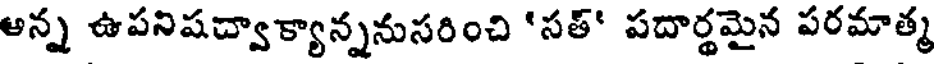
ఆన్న ఉపనిషద్వాక్యాన్ననుసరించి 'సత్' పదార్థమైన పరమాత్మ